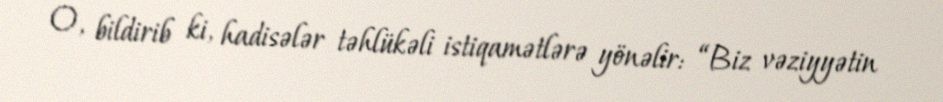
O, bildirib ki, hadisələr təhlükəli istiqamətlərə yönəlir: “Biz vəziyyətin